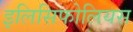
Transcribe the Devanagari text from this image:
इलिसिफोलियस